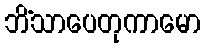
ဘိံသာပေတုကာမော